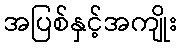
အပြစ်နှင့်အကျိုး